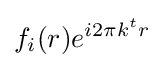
f_{i}(r)e^{i2\pi k^{t}r}